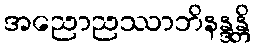
အညောညဿာဘိနန္ဒန္တိ